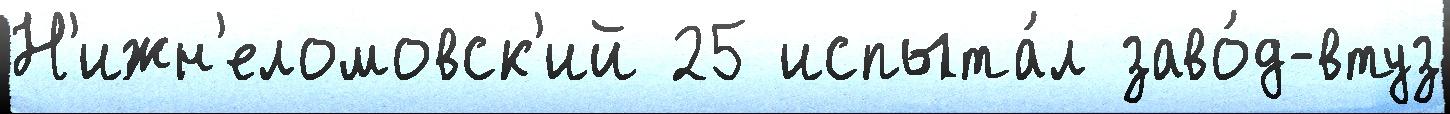
Н'ижн'еломовск'ий 25 испыта́л заво́д-втуз